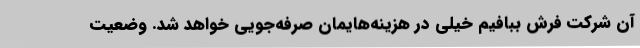
آن شرکت فرش ببافیم خیلی در هزینه‌هایمان صرفه‌جویی خواهد شد. وضعیت